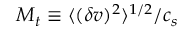
M _ { t } \equiv \langle ( \delta v ) ^ { 2 } \rangle ^ { 1 / 2 } / c _ { s }